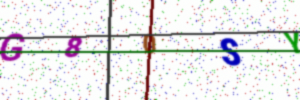
Text: G80SY